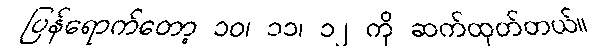
ပြန်ရောက်တော့ ၁၀၊ ၁၁၊ ၁၂ ကို ဆက်ထုတ်တယ်။